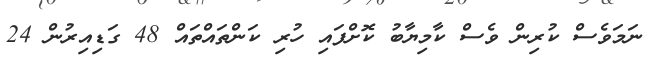
ނަމަވެސް ކުރިން ވެސް ކާމިޔާބު ކޮށްފައި ހުރި ކަންތައްތައް 48 ގަޑިއިރުން 24